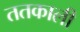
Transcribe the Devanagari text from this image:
ततकाली